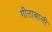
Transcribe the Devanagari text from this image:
गीताबाली